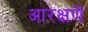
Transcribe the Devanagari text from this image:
आरक्षणें